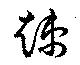
竦